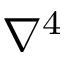
\nabla ^ { 4 }